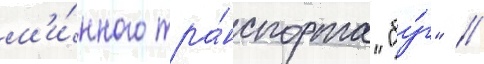
м'и́нного тра́нспорта "бу́г" //